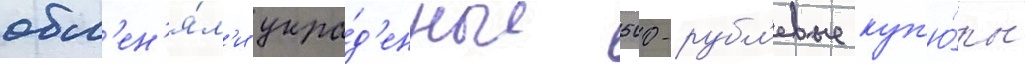
обм'ен'я́л'и укра́д'енные 500-рубл'евые куп'ю́ры